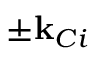
\pm \mathbf { k } _ { C i }